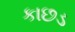
કાછડ